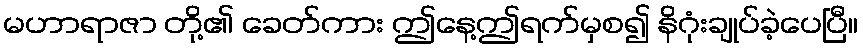
မဟာရာဇာ တို့၏ ခေတ်ကား ဤနေ့ဤရက်မှစ၍ နိဂုံးချုပ်ခဲ့ပေပြီ။